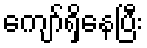
ကျော်ရှိနေပြီး